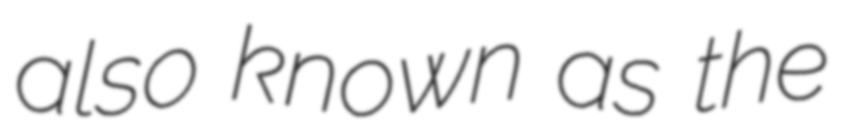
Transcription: also known as the